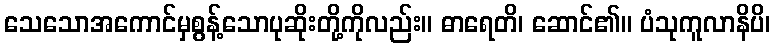
သေသောအကောင်မှစွန့်သောပုဆိုးတို့ကိုလည်း။ ဓာရေတိ၊ ဆောင်၏။ ပံသုကူလာနိပိ၊